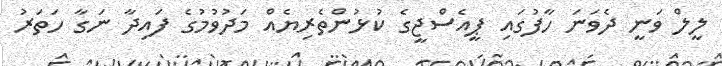
ލީލް ވަނީ ދެވަނަ ހާފުގައި ޕީއެސްޖީގެ ކުޅުންތެރިޔެއް މަދުވުމުގެ ފައިދާ ނަގާ ހަތަރު